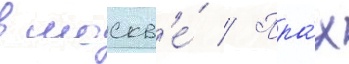
в москв'е́ // Пра́х